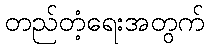
တည်တံ့ရေးအတွက်